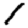
Digit: 1